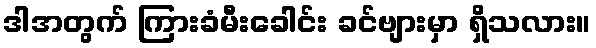
ဒါအတွက် ကြားခံမီးခေါင်း ခင်ဗျားမှာ ရှိသလား။